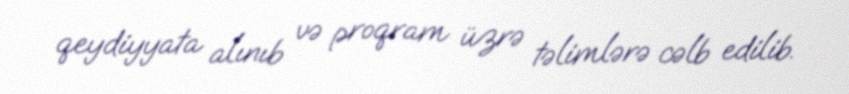
qeydiyyata alınıb və proqram üzrə təlimlərə cəlb edilib.